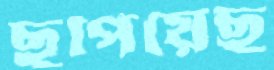
ছুপিয়েছ